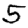
Digit: 5